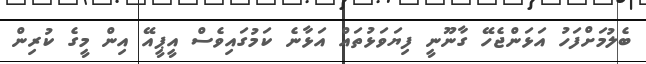
ބެލުމަށްފަހު އަޅަންޖެހޭ ގާނޫނީ ފިޔަވަޅުތައް އަޅާނެ ކަމުގައިވެސް އީޕީއޭ އިން މީގެ ކުރިން